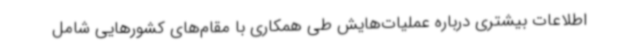
اطلاعات بیشتری درباره عملیات‌هایش طی همکاری با مقام‌های کشورهایی شامل